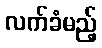
လက်ခံမည့်